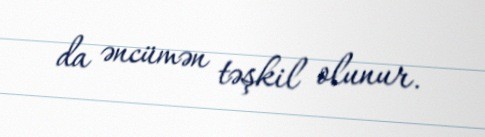
da əncümən təşkil olunur.